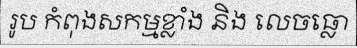
រូប កំពុងសកម្មខ្លាំង និង លេចធ្លោ